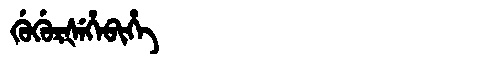
Manchu: ᡤᡠᡤᡠᡵᡧᡝᡥᡝᠪᡳᡥᡝ
Romanization: GUGURŠEHEBIHE